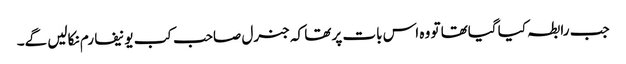
جب رابطہ کیا گیاتھا تو وہ اس بات پر تھا کہ جنرل صاحب کب یونیفارم نکالیں گے۔